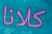
كلانا